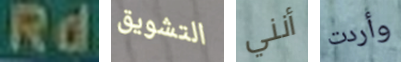
Rd التشويق أنني وأردت